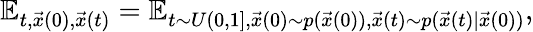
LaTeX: \mathbb{E}_{t,\vec{x}(0),\vec{x}(t)}=\mathbb{E}_{t\sim U(0,1],\vec{x}(0)\sim p(\vec{x}(0)),\vec{x}(t)\sim p(\vec{x}(t)|\vec{x}(0))},